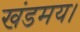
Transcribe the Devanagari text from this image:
खंडमय।